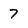
Character: 7